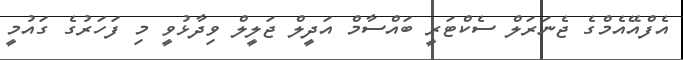
އެފްއޭއެމްގެ ޖެނަރަލް ސެކްޓަރީ ބައްސާމް އަދީލް ޖަލީލް ވިދާޅުވީ މި ފަހަރުގެ ގައުމީ